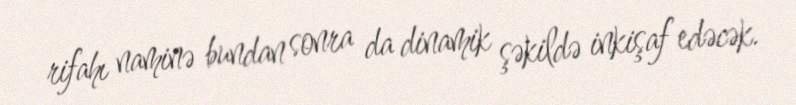
rifahı naminə bundan sonra da dinamik şəkildə inkişaf edəcək.